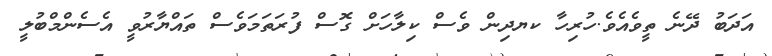
އަދަބު ދޭނެ ތީވެއެވެ.ހުރިހާ ކޔދިން ވެސް ކިލާހަށް ގޮސް ފުރަތަމަވެސް ތައްޔާރުވީ އެސެންްމްބުލީ